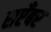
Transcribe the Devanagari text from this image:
सप्टँबर